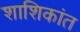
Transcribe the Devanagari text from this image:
शाशिकांत